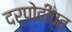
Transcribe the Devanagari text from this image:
दर्पोदीप्त